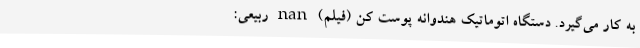
به کار می‌گیرد. دستگاه اتوماتیک هندوانه پوست کن (فیلم) nan ربیعی: